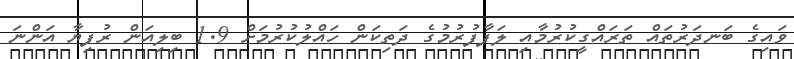
ވައިގެ ބަނދަރުތައް ތަރައްގީކުރުމާއި ލަފާފުރުމުގެ ދަތިކަން ހައްލުކުރުމަށް 1.9 ބިލިއަން ރުފިޔާ އަންނަ